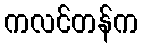
ကလင်တန်က